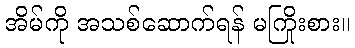
အိမ်ကို အသစ်ဆောက်ရန် မကြိုးစား။